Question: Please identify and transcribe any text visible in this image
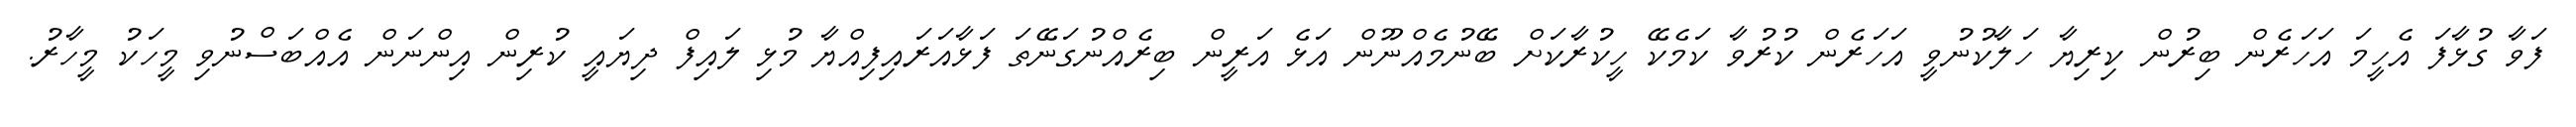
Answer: ފަވާ ގުޅާފަ އެހީމަ އަހަރެން ބިރުން ކިރިޔާ ހަލާކުނުވީ އަހަރެން ކުރުވާ ކަމެކޭ ހީކުރާކަށް ބޭނުމެއްނޫން އަޅެ އަރީން ބިރެއްނުގަނޭތަ ފަޅާއަރައިފިއްޔާ މުޅި ލައިފް ދިޔައީ ކުރިން އިންނަން އެއްބަސްނުވި މީހަކު މީހާރު.